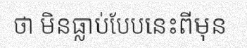
ថា មិនធ្លាប់បែបនេះពីមុន